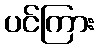
ပင်ကြား